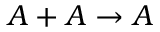
A + A \rightarrow A